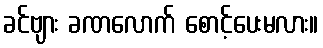
ခင်ဗျား ခဏလောက် စောင့်ပေးမလား။